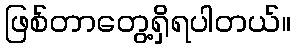
ဖြစ်တာတွေ့ရှိရပါတယ်။